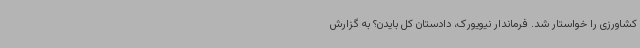
کشاورزی را خواستار شد. فرماندار نیویورک، دادستان کل بایدن؟ به گزارش